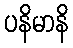
ပနိမာနိ